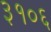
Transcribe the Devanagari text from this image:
३१०६